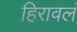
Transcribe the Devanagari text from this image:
हिरावलं